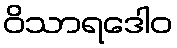
ဝိသာရဒေါဝ